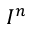
I ^ { n }